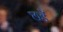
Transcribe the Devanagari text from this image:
छडें